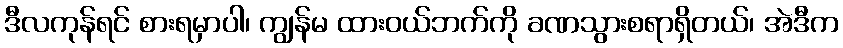
ဒီလကုန်ရင် စားရမှာပါ၊ ကျွန်မ ထားဝယ်ဘက်ကို ခဏသွားစရာရှိတယ်၊ အဲဒီက